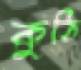
কুঠি